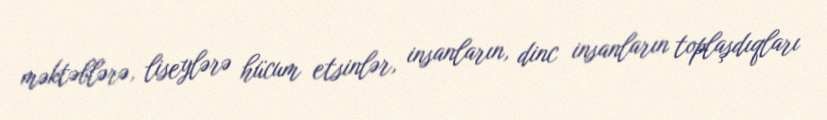
məktəblərə, liseylərə hücum etsinlər, insanların, dinc insanların toplaşdıqları